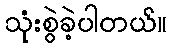
သုံးစွဲခဲ့ပါတယ်။